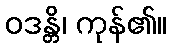
ဝဒန္တိ၊ ကုန်၏။